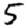
Digit: 5